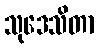
သုဒေသိတာ